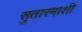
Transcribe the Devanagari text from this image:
सुतारमाशी